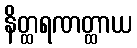
နိတ္ထရဏတ္ထာယ